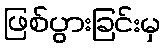
ဖြစ်ပွားခြင်းမှ